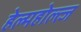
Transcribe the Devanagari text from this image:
हेल्महोल्त्ज